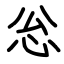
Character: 忩